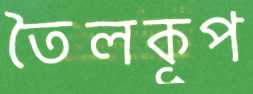
তৈলকূপ